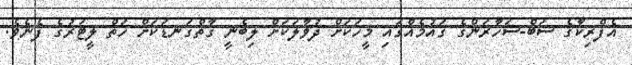
އެފްރިކާގެ ސަބް-ސަހާރަންގެ ގައުމެއްގައި މީހަކަށް ދުވާލަކަށް ލިބެނީ ގާތްގަނޑަކަށް ހަތް ލީޓަރުގެ ފެނެވެ.